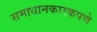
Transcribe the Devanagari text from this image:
समाधानकारकपणे